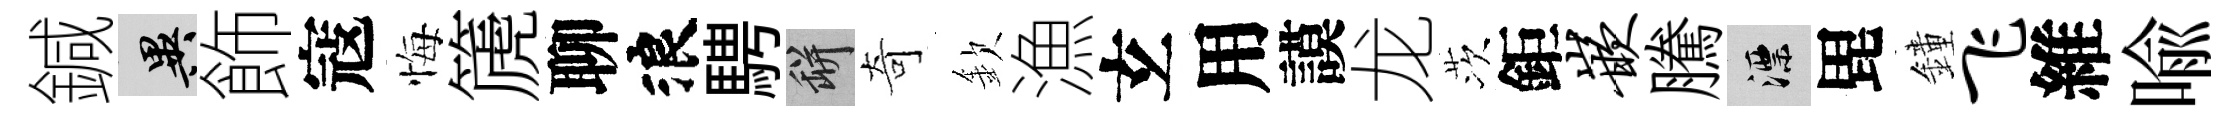
鍼异飾寇悔篪聊浪騁瓶奇欽漁𤣥用謨龙茨鉅嵌騰漂毘鐘飞維喩